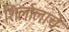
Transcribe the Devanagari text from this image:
शिर्लालाचे